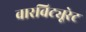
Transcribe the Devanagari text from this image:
वारविट्यूरेट